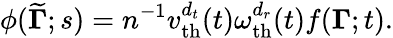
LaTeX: \phi({\widetilde{\mathbf{\Gamma}}};s)=n^{-1}v_{\mathrm{th}}^{{d_{t}}}(t)\omega_{\mathrm{th}}^{{d_{r}}}(t)f({\mathbf{\Gamma}};t).